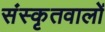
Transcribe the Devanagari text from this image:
संस्कृतवालों